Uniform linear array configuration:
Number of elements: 8
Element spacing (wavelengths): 0.5
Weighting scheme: exponential
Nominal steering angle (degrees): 30
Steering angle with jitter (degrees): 30.468
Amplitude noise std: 0.05
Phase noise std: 0.05

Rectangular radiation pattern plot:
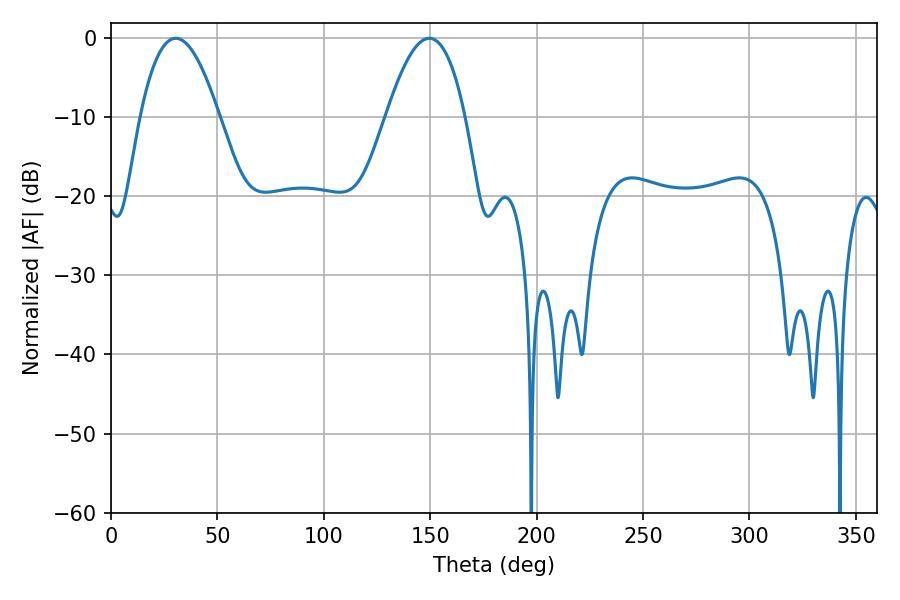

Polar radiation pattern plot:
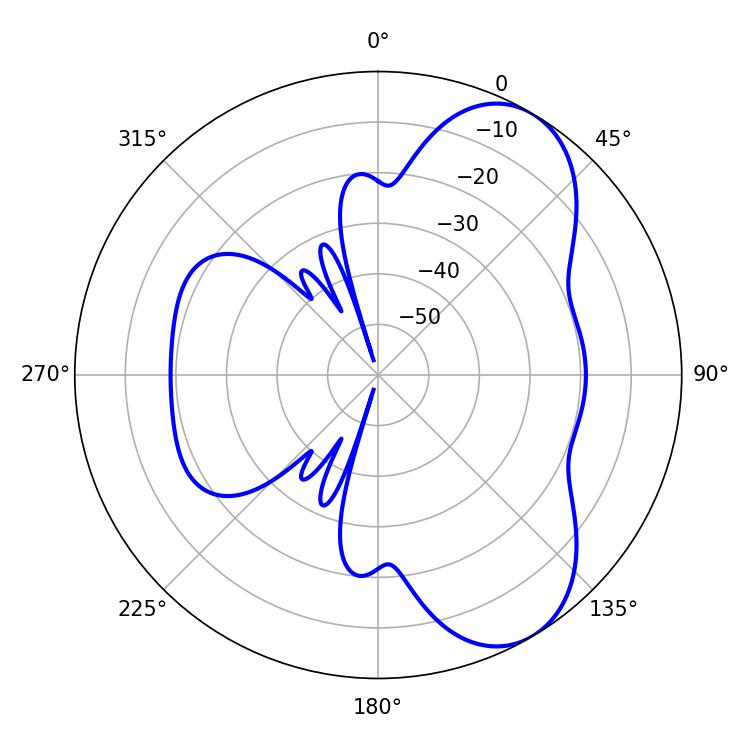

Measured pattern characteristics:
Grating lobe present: FALSE
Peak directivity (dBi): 7.072
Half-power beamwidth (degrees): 20.34
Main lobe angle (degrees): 30.42